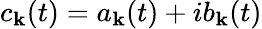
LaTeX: c_{\mathbf{k}}(t)=a_{\mathbf{k}}(t)+ib_{\mathbf{k}}(t)